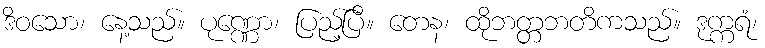
ဒိဝသော၊ နေ့သည်။ ပုဏ္ဏော၊ ပြည့်ပြီ။ တေန၊ ထိုဘတ္တဘတိကသည်။ ဒုက္ကရံ၊